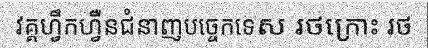
វគ្គហ្វឹកហ្វឺនជំនាញបច្ចេកទេស រថក្រោះ រថ